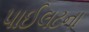
પાઈલટના